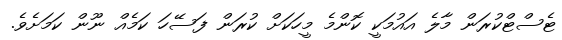
ޓެސްޓްކުރަން މާލެ އައުމަކީ ކޮންމެ މީހަކަށް ކުރަން ފަސޭހަ ކަމެއް ނޫން ކަމަށެވެ.